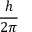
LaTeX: \frac { h } { 2 \pi }